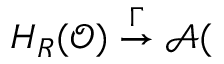
H _ { R } ( \mathcal { O } ) \stackrel { \mathcal { \Gamma } } { \rightarrow } \mathcal { A } (